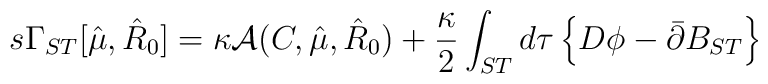
s\Gamma_{ST}[\hat\mu,\hat R_{0}]= \kappa{\cal A}(C,\hat\mu,\hat R_{0})+\frac{\kappa}{2}\int_{ST} d\tau\left\{D\phi-\bar{\partial}B_{ST}\right\}